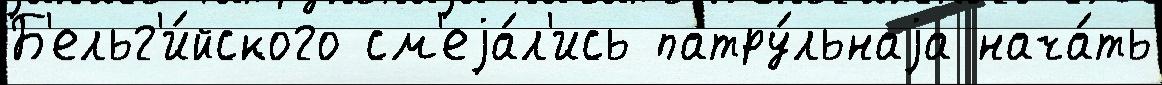
Б'ельг'и́йского см'еjа́л'ись патру́льнаjа нача́ть